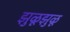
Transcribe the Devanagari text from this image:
झुळूझुळू